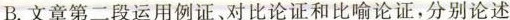
B.文章第二段运用例证、对比论证和比喻论证，分别论述